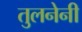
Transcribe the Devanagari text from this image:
तुलनेनी